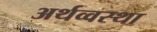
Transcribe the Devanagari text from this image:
अर्थव्वस्था